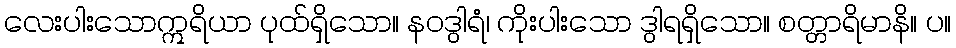
လေးပါးသောဣရိယာ ပုထ်ရှိသော။ နဝဒွါရံ၊ ကိုးပါးသော ဒွါရရှိသော။ စတ္တာရိမာနိ။ ပ။